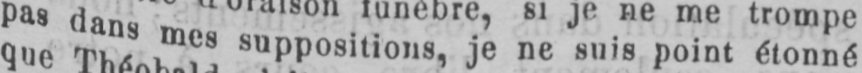
pas dans mes suppositions, je ne suis point étonné